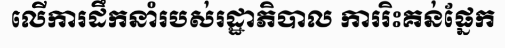
លើការដឹកនាំរបស់រដ្ឋាភិបាល ការរិះគន់ផ្នែក